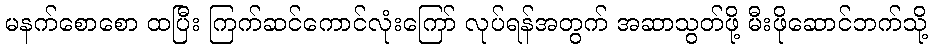
မနက်စောစော ထပြီး ကြက်ဆင်ကောင်လုံးကြော် လုပ်ရန်အတွက် အဆာသွတ်ဖို့ မီးဖိုဆောင်ဘက်သို့